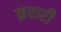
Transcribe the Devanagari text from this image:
क़रारी